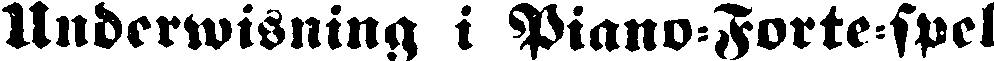
Underwisning i Piano-Forte-spel